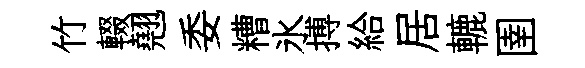
竹輟翹委糟氷搏給居轆圉